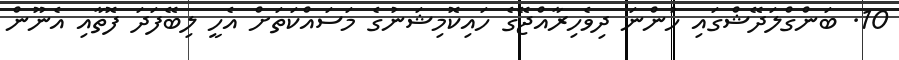
10. ބަންގްލަދޭޝްގައި ހުންނަ ދިވެހިރާއްޖޭގެ ހައިކޮމިޝަނުގެ މަސައްކަތަށް އެހީ ލިބޭފަދަ ފޮތާއި އެނޫން